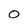
Character: 0